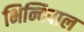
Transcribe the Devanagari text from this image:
भिन्दिपाल